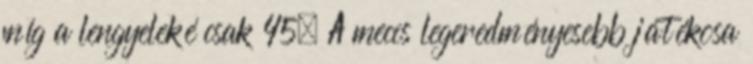
míg a lengyeleké csak 45. A meccs legeredményesebb játékosa